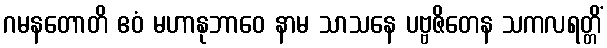
ဂမနတောတိ ဧဝံ မဟာနုဘာဝေ နာမ သာသနေ ပဗ္ဗဇိတေန သကလရတ္တိံ